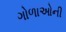
ગોળાઓની